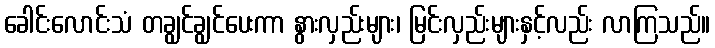
ခေါင်းလောင်းသံ တချွင်ချွင်ပေးကာ နွားလှည်းများ၊ မြင်းလှည်းများနှင့်လည်း လာကြသည်။